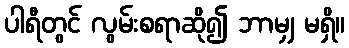
ပါရီတွင် လွမ်းစရာဆို၍ ဘာမျှ မရှိ။